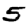
Digit: 5